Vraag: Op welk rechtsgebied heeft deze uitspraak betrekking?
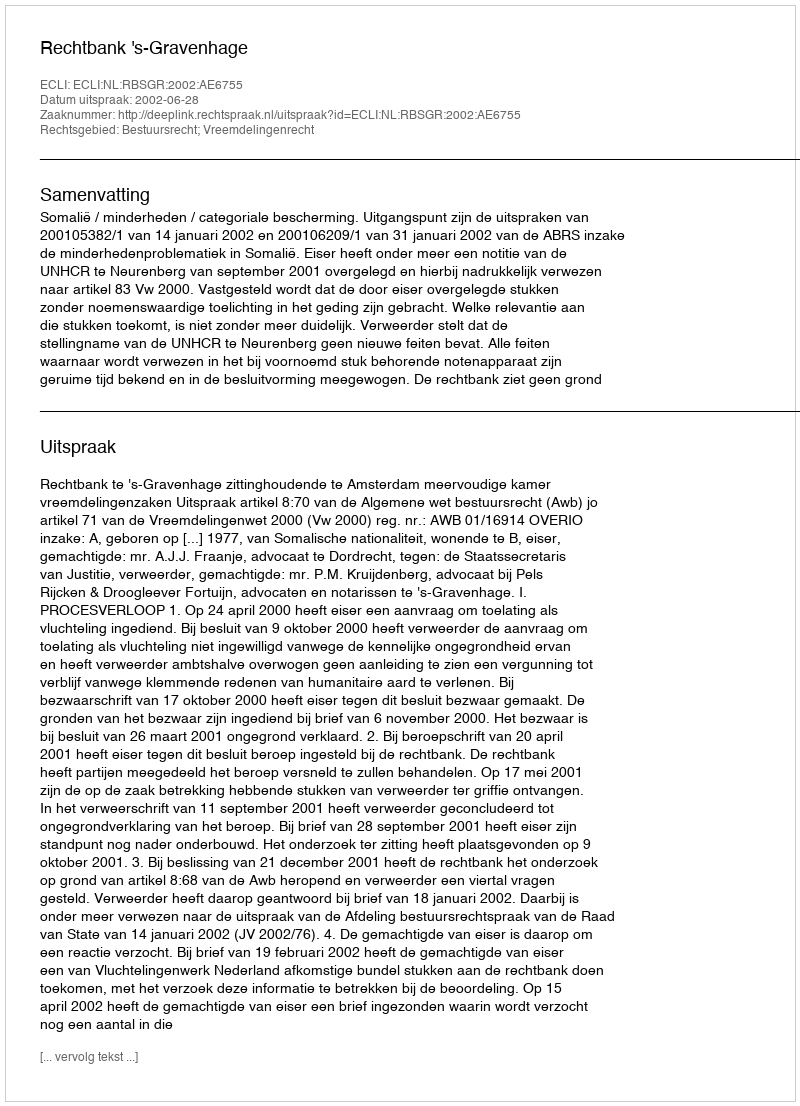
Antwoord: Bestuursrecht; Vreemdelingenrecht